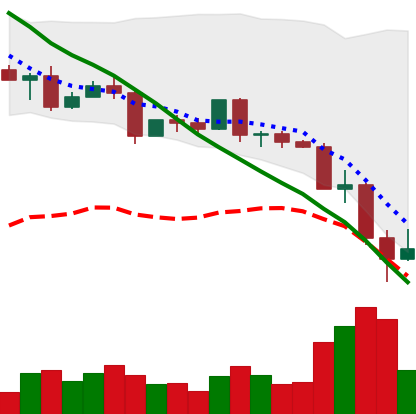
Ticker: EOS-USD
Chart end date: 2022-05-13
Forward return: -4.909%
Label: down_3_5